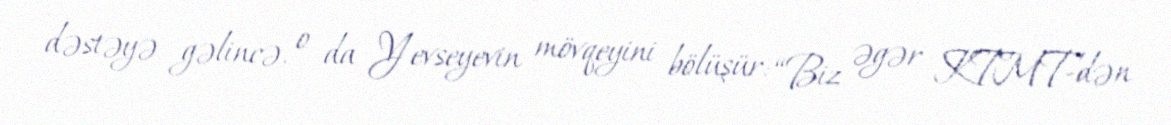
dəstəyə gəlincə, o da Yevseyevin mövqeyini bölüşür: “Biz əgər KTMT-dən